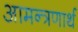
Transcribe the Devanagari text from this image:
आमन्त्रणार्थ